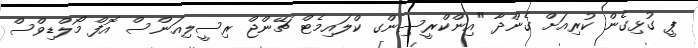
ޕީ ގުޅިގެން ކުރިއަށް ގެންދާ "އިންކްރީސިންގ ކްލައިމެޓް ޗޭންޖް ރިސީލިއަންސް އޮފް މޯލްޑިވްސް